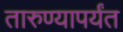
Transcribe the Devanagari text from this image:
तारुण्यापर्यंत